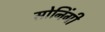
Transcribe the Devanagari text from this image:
सोनिंगी